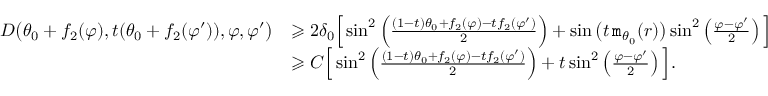
\begin{array} { r l } { D \big ( \theta _ { 0 } + f _ { 2 } ( \varphi ) , t ( \theta _ { 0 } + f _ { 2 } ( \varphi ^ { \prime } ) ) , \varphi , \varphi ^ { \prime } \big ) } & { \geqslant 2 \delta _ { 0 } \Big [ \sin ^ { 2 } \left( \frac { ( 1 - t ) \theta _ { 0 } + f _ { 2 } ( \varphi ) - t f _ { 2 } ( \varphi ^ { \prime } ) } { 2 } \right) + \sin \big ( t \, \mathtt { m } _ { \theta _ { 0 } } ( r ) \big ) \sin ^ { 2 } \left( \frac { \varphi - \varphi ^ { \prime } } { 2 } \right) \Big ] } \\ & { \geqslant C \Big [ \sin ^ { 2 } \left( \frac { ( 1 - t ) \theta _ { 0 } + f _ { 2 } ( \varphi ) - t f _ { 2 } ( \varphi ^ { \prime } ) } { 2 } \right) + t \sin ^ { 2 } \left( \frac { \varphi - \varphi ^ { \prime } } { 2 } \right) \Big ] . } \end{array}